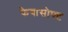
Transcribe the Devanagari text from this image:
फैबासोफ्ट